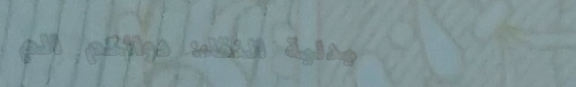
صيدلية النقاء: دوائكم الم